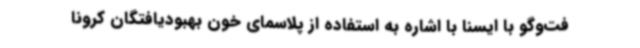
فت‌وگو با ایسنا با اشاره به استفاده از پلاسمای خون بهبودیافتگان کرونا